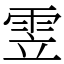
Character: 雴